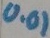
Text: 0.01